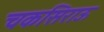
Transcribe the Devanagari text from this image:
चकसिराऊ